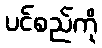
ပင်စည်ကို